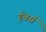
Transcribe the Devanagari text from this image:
ईबर्स